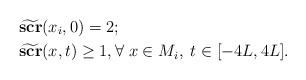
LaTeX: \begin{align*}&\widetilde{\mathbf{scr}}(x_i, 0)=2; \\&\widetilde{\mathbf{scr}}(x, t) \geq 1, \forall \; x \in M_i, \; t \in [-4L,4L]. \end{align*}